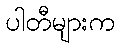
ပါတီများက